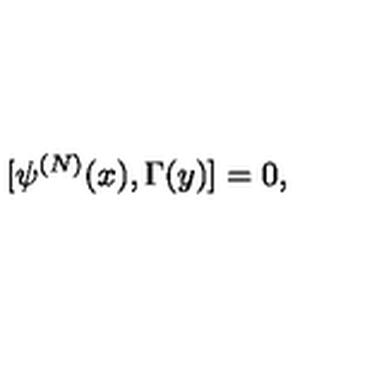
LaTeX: [ \psi ^ { ( N ) } ( x ) , \Gamma ( y ) ] = 0 ,